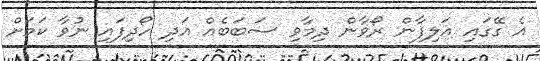
އެ ގޭގައި އަލިފާން ރޯވާން ދިމާވި ސަބަބެއް އަދި ހޯދިފައި ނުވާ ކަމަށް